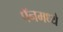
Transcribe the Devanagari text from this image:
पॅनमध्ये